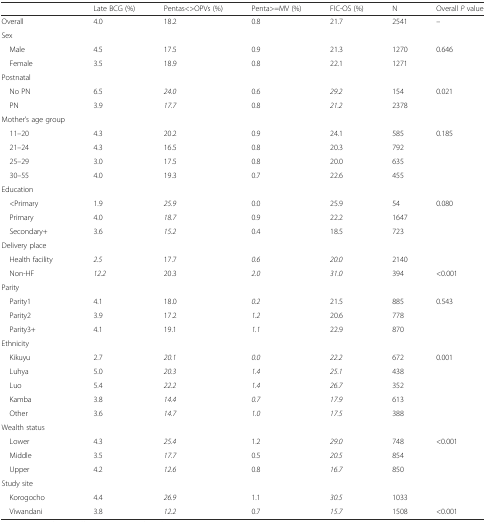
<table><thead><tr><td></td><td><b>Late BCG (%)</b></td><td><b>Pentas&lt;&gt;OPVs (%)</b></td><td><b>Penta&gt;=MV (%)</b></td><td><b>FIC-OS (%)</b></td><td><b>N</b></td><td><b>Overall <i>P</i> value</b></td></tr></thead><tbody><tr><td>Overall</td><td>4.0</td><td>18.2</td><td>0.8</td><td>21.7</td><td>2541</td><td>–</td></tr><tr><td>Sex</td><td></td><td></td><td></td><td></td><td></td><td></td></tr><tr><td> Male</td><td>4.5</td><td>17.5</td><td>0.9</td><td>21.3</td><td>1270</td><td rowspan="2">0.646</td></tr><tr><td> Female</td><td>3.5</td><td>18.9</td><td>0.8</td><td>22.1</td><td>1271</td></tr><tr><td>Postnatal</td><td></td><td></td><td></td><td></td><td></td><td></td></tr><tr><td> No PN</td><td>6.5</td><td><i>24.0</i></td><td>0.6</td><td><i>29.2</i></td><td>154</td><td>0.021</td></tr><tr><td> PN</td><td>3.9</td><td><i>17.7</i></td><td>0.8</td><td><i>21.2</i></td><td>2378</td><td></td></tr><tr><td>Mother’s age group</td><td></td><td></td><td></td><td></td><td></td><td></td></tr><tr><td> 11–20</td><td>4.3</td><td>20.2</td><td>0.9</td><td>24.1</td><td>585</td><td>0.185</td></tr><tr><td> 21–24</td><td>4.3</td><td>16.5</td><td>0.8</td><td>20.3</td><td>792</td><td></td></tr><tr><td> 25–29</td><td>3.0</td><td>17.5</td><td>0.8</td><td>20.0</td><td>635</td><td></td></tr><tr><td> 30–55</td><td>4.0</td><td>19.3</td><td>0.7</td><td>22.6</td><td>455</td><td></td></tr><tr><td>Education</td><td></td><td></td><td></td><td></td><td></td><td></td></tr><tr><td> &lt;Primary</td><td>1.9</td><td><i>25.9</i></td><td>0.0</td><td>25.9</td><td>54</td><td>0.080</td></tr><tr><td> Primary</td><td>4.0</td><td><i>18.7</i></td><td>0.9</td><td>22.2</td><td>1647</td><td></td></tr><tr><td> Secondary+</td><td>3.6</td><td><i>15.2</i></td><td>0.4</td><td>18.5</td><td>723</td><td></td></tr><tr><td>Delivery place</td><td></td><td></td><td></td><td></td><td></td><td></td></tr><tr><td> Health facility</td><td><i>2.5</i></td><td>17.7</td><td><i>0.6</i></td><td><i>20.0</i></td><td>2140</td><td></td></tr><tr><td> Non-HF</td><td><i>12.2</i></td><td>20.3</td><td><i>2.0</i></td><td><i>31.0</i></td><td>394</td><td>&lt;0.001</td></tr><tr><td>Parity</td><td></td><td></td><td></td><td></td><td></td><td></td></tr><tr><td> Parity1</td><td>4.1</td><td>18.0</td><td><i>0.2</i></td><td>21.5</td><td>885</td><td>0.543</td></tr><tr><td> Parity2</td><td>3.9</td><td>17.2</td><td><i>1.2</i></td><td>20.6</td><td>778</td><td></td></tr><tr><td> Parity3+</td><td>4.1</td><td>19.1</td><td><i>1.1</i></td><td>22.9</td><td>870</td><td></td></tr><tr><td>Ethnicity</td><td></td><td></td><td></td><td></td><td></td><td></td></tr><tr><td> Kikuyu</td><td>2.7</td><td><i>20.1</i></td><td><i>0.0</i></td><td><i>22.2</i></td><td>672</td><td>0.001</td></tr><tr><td> Luhya</td><td>5.0</td><td><i>20.3</i></td><td><i>1.4</i></td><td><i>25.1</i></td><td>438</td><td></td></tr><tr><td> Luo</td><td>5.4</td><td><i>22.2</i></td><td><i>1.4</i></td><td><i>26.7</i></td><td>352</td><td></td></tr><tr><td> Kamba</td><td>3.8</td><td><i>14.4</i></td><td><i>0.7</i></td><td><i>17.9</i></td><td>613</td><td></td></tr><tr><td> Other</td><td>3.6</td><td><i>14.7</i></td><td><i>1.0</i></td><td><i>17.5</i></td><td>388</td><td></td></tr><tr><td>Wealth status</td><td></td><td></td><td></td><td></td><td></td><td></td></tr><tr><td> Lower</td><td>4.3</td><td><i>25.4</i></td><td>1.2</td><td><i>29.0</i></td><td>748</td><td>&lt;0.001</td></tr><tr><td> Middle</td><td>3.5</td><td><i>17.7</i></td><td>0.5</td><td><i>20.5</i></td><td>854</td><td></td></tr><tr><td> Upper</td><td>4.2</td><td><i>12.6</i></td><td>0.8</td><td><i>16.7</i></td><td>850</td><td></td></tr><tr><td>Study site</td><td></td><td></td><td></td><td></td><td></td><td></td></tr><tr><td> Korogocho</td><td>4.4</td><td><i>26.9</i></td><td>1.1</td><td><i>30.5</i></td><td>1033</td><td></td></tr><tr><td> Viwandani</td><td>3.8</td><td><i>12.2</i></td><td>0.7</td><td><i>15.7</i></td><td>1508</td><td>&lt;0.001</td></tr></tbody></table>